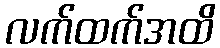
လက်ထက်အထိ